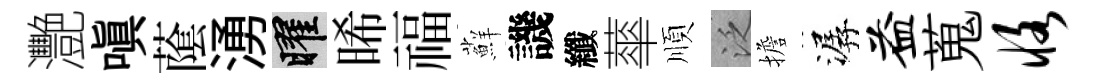
灧嗔䕃湧曜晞福蘚譏纖蕐順泛擔潺益蒐恪